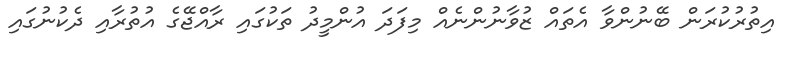
އިތުރުކުރަން ބޭނުންވާ އެތައް ޒުވާނުންނެއް މިފަދަ އުންމީދު ތަކުގައި ރާއްޖޭގެ އުތުރާއި ދެކުނުގައި